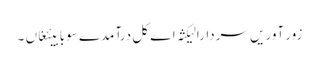
زور آوریں سردارا لیکثہ اے کل درآمدے سوبابیئغاں ۔